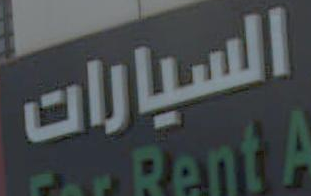
السيارات